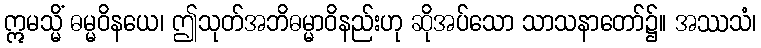
ဣမသ္မိံ ဓမ္မဝိနယေ၊ ဤသုတ်အဘိဓမ္မာဝိနည်းဟု ဆိုအပ်သော သာသနာတော်၌။ အဿသံ၊